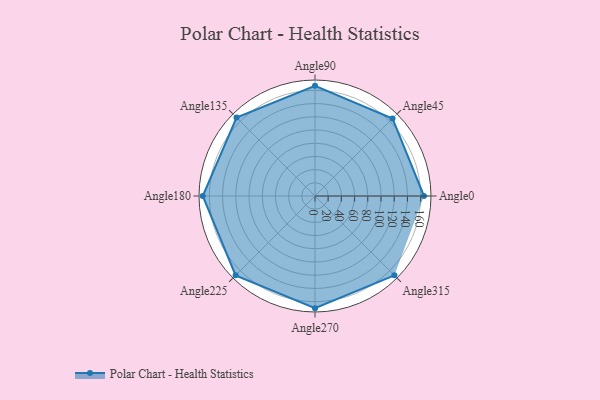
{"axis": {"x": "Angle", "y": "Radius"}, "legend": [""], "data": [{"x": "Angle0", "y": 165.0, "type": ""}, {"x": "Angle45", "y": 166.0, "type": ""}, {"x": "Angle90", "y": 167.0, "type": ""}, {"x": "Angle135", "y": 168.0, "type": ""}, {"x": "Angle180", "y": 170, "type": ""}, {"x": "Angle225", "y": 170, "type": ""}, {"x": "Angle270", "y": 170, "type": ""}, {"x": "Angle315", "y": 170, "type": ""}]}